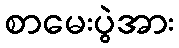
စာမေးပွဲအား